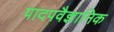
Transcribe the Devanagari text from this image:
पादपवैज्ञानिक